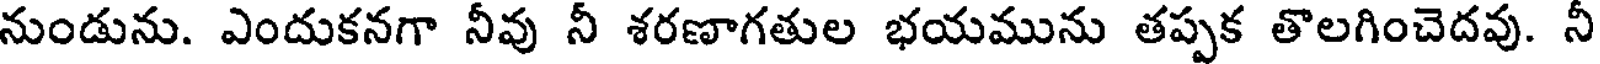
నుండును. ఎందుకనగా నీవు నీ శరణాగతుల భయమును తప్పక తొలగించెదవు. నీ